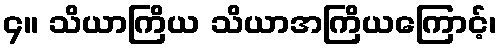
၄။ သိယာကြိယ သိယာအကြိယကြောင့်၊